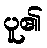
ပူ၏